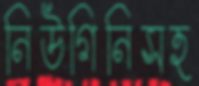
নিউগিনিসহ